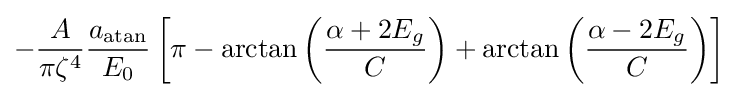
-{\frac {A}{\pi \zeta ^{4}}}{\frac {a_{\mathrm {atan} }}{E_{0}}}\left[\pi -\arctan {\left({\frac {\alpha +2E_{g}}{C}}\right)}+\arctan {\left({\frac {\alpha -2E_{g}}{C}}\right)}\right]\,\!